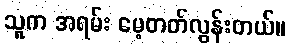
သူက အရမ်း မေ့တတ်လွန်းတယ်။